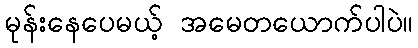
မုန်းနေပေမယ့် အမေတယောက်ပါပဲ။